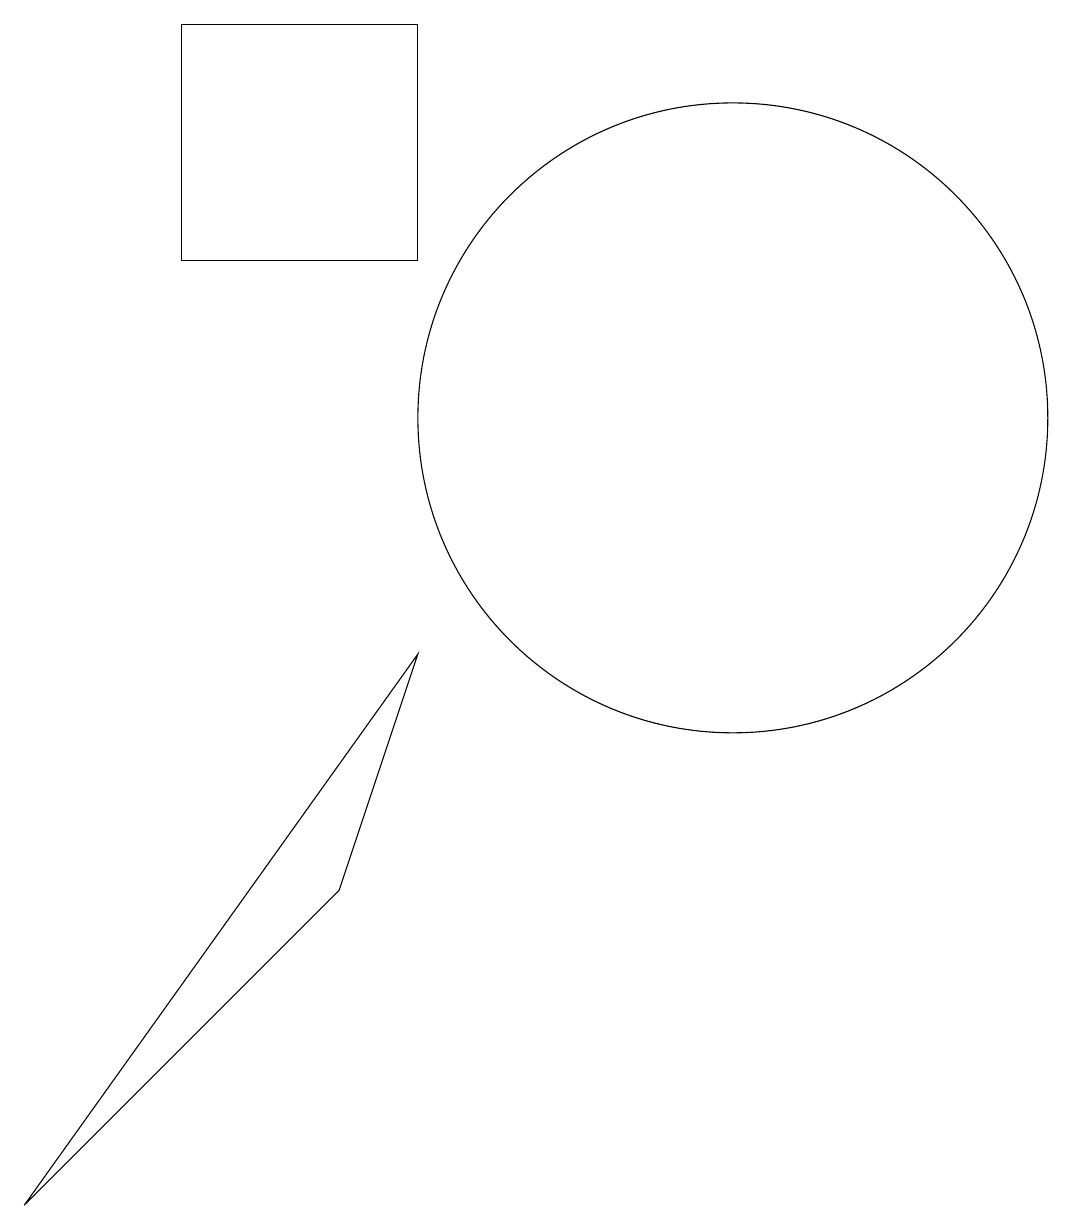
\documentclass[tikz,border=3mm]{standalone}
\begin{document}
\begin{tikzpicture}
\draw (3,14) rectangle (6,17);
\draw (10,12) circle (4);
\draw (6,9) -- (5,6) -- (1,2) -- cycle;
\draw (12,12) circle (0);
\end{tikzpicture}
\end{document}